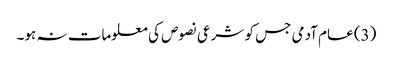
(3) عام آدمی جس کو شرعی نصوص کی معلومات نہ ہو۔